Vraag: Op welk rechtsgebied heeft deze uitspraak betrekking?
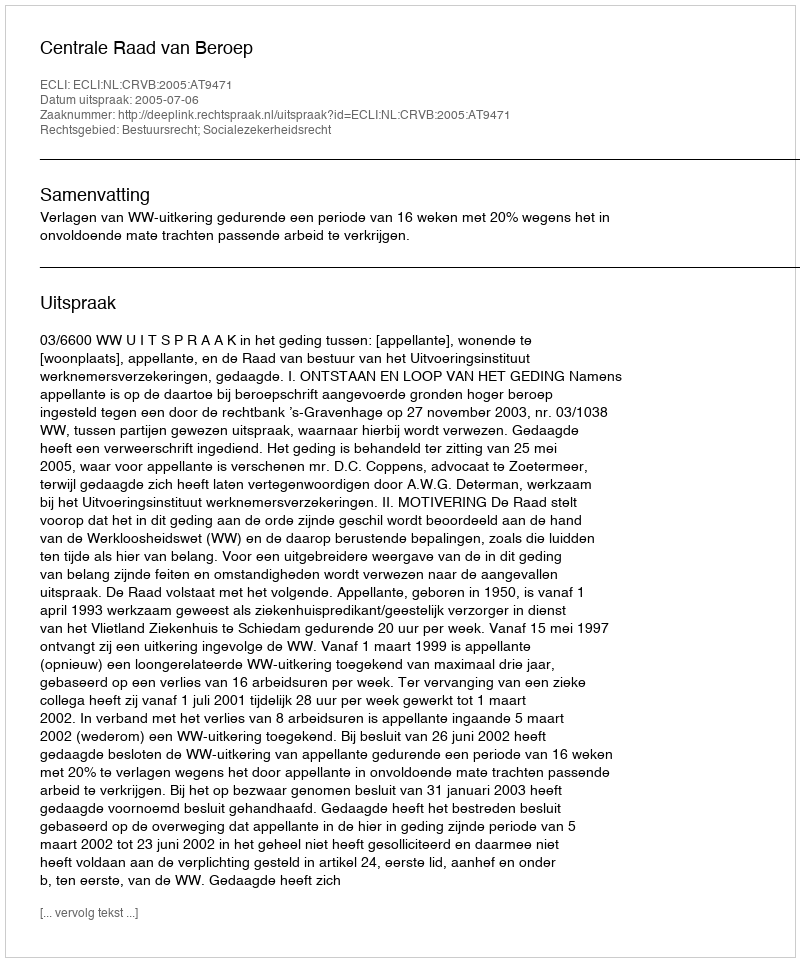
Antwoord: Bestuursrecht; Socialezekerheidsrecht